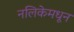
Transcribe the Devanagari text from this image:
नलिकेमधून